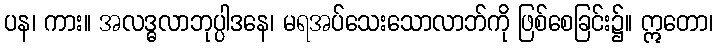
ပန၊ ကား။ အလဒ္ဓလာဘုပ္ပါဒနေ၊ မရအပ်သေးသောလာဘ်ကို ဖြစ်စေခြင်း၌။ ဣတော၊